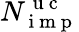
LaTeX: N_{\mathrm{~i~m~p~}}^{\mathrm{~u~c~}}